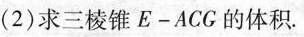
(2)求三棱锥E-ACC的体积。